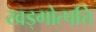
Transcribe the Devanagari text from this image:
खड्गोत्पत्ति